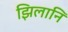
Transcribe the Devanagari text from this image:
झिलानि